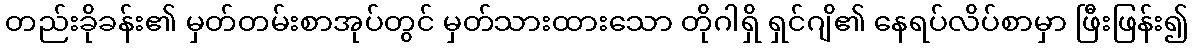
တည်းခိုခန်း၏ မှတ်တမ်းစာအုပ်တွင် မှတ်သားထားသော တိုဂါရှိ ရှင်ဂျိ၏ နေရပ်လိပ်စာမှာ ဖြီးဖြန်း၍